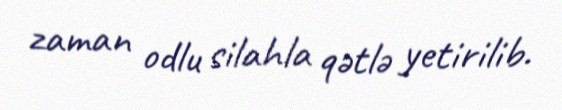
zaman odlu silahla qətlə yetirilib.